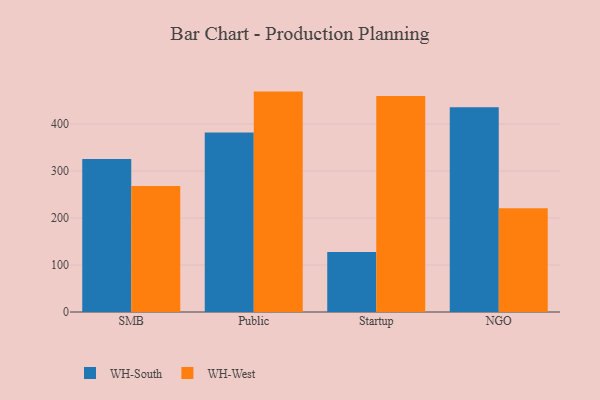
{"axis": {"x": "Segment", "y": "Population (Million)"}, "legend": ["WH-South", "WH-West"], "data": [{"x": "SMB", "y": 325.6, "type": "WH-South"}, {"x": "SMB", "y": 267.8, "type": "WH-West"}, {"x": "Public", "y": 382.1, "type": "WH-South"}, {"x": "Public", "y": 468.9, "type": "WH-West"}, {"x": "Startup", "y": 127.4, "type": "WH-South"}, {"x": "Startup", "y": 459.3, "type": "WH-West"}, {"x": "NGO", "y": 435.7, "type": "WH-South"}, {"x": "NGO", "y": 220.5, "type": "WH-West"}]}